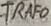
Text: TRAFO